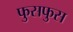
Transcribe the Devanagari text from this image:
फुसफुस